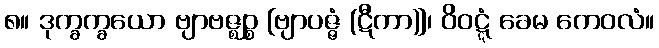
၈။ ဒုက္ခက္ခယော ဗျာဗဇ္ဈဉ္စ [ဗျာပဇ္ဇံ (ဋီကာ)]၊ ဝိဝဋ္ဋံ ခေမ ကေဝလံ။